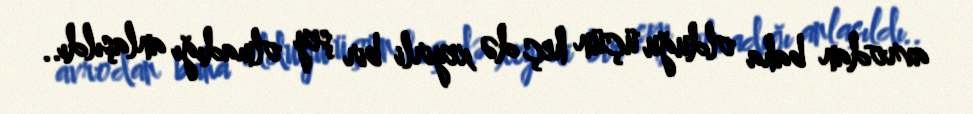
avrodan baha olduğu üçün heç də xeyirli bir şey olmadığı anlaşıldı..